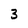
Character: 3